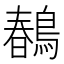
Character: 𪂹